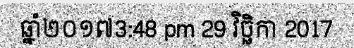
ឆ្នាំ២០១៧3:48 pm 29 វិច្ឆិកា 2017